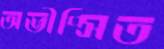
অভীপ্সিত